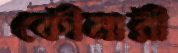
কৌমারী